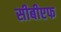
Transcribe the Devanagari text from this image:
सीबीएफ